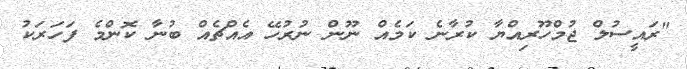
"ރައީސުލް ޖުމްހޫރިއްޔާ ކުރާނެ ކަމެއް ނޫން ނުރުހޭ އެއްޗެއް ބުނާ ކޮންމެ ފަހަރަކު